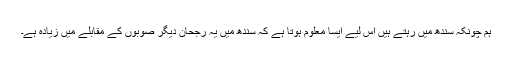
ہم چونکہ سندھ میں رہتے ہیں اس لیے ایسا معلوم ہوتا ہے کہ سندھ میں یہ رجحان دیگر صوبوں کے مقابلے میں زیادہ ہے۔